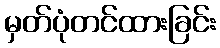
မှတ်ပုံတင်ထားခြင်း